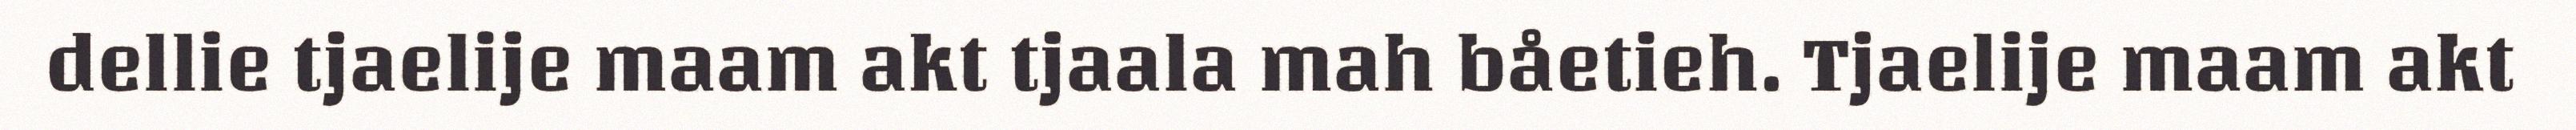
dellie tjaelije maam akt tjaala mah båetieh. Tjaelije maam akt